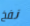
نفخ